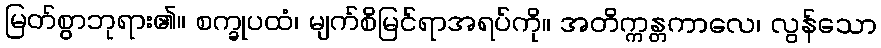
မြတ်စွာဘုရား၏။ စက္ခုပထံ၊ မျက်စိမြင်ရာအရပ်ကို။ အတိက္ကန္တကာလေ၊ လွန်သော